Scottish Leaving Certificate Examination, 1959
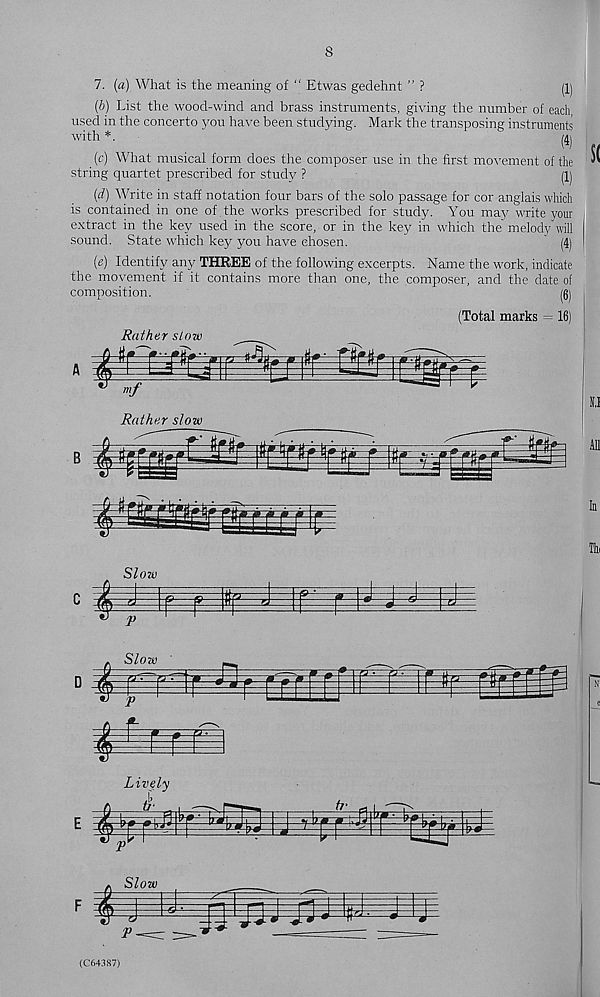
8
7. (a) What is the meaning of “ Etwas gedehnt ” ?
(1)
(&) List the wood-wind and brass instruments, giving the number of each,
used in the concerto you have been studying. Mark the transposing instruments
with *.
'
(c) What musical form does the composer use in the first movement of the
string quartet prescribed for study ?
(1)
(d) Write in staff notation four bars of the solo passage for cor anglais which
is contained in one of the works prescribed for study. You may write your
extract in the key used in the score, or in the key in which the melody will
sound. State which key you have chosen.
(4)
(g) Identify any THREE of the following excerpts. Name the work, indicate
the movement if it contains more than one, the composer, and the date of
composition.
(g)
(Total marks = 16)
Rather slow
»f
r ganrSn
Rather slow
Slow
(C64387)